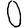
Digit: 0